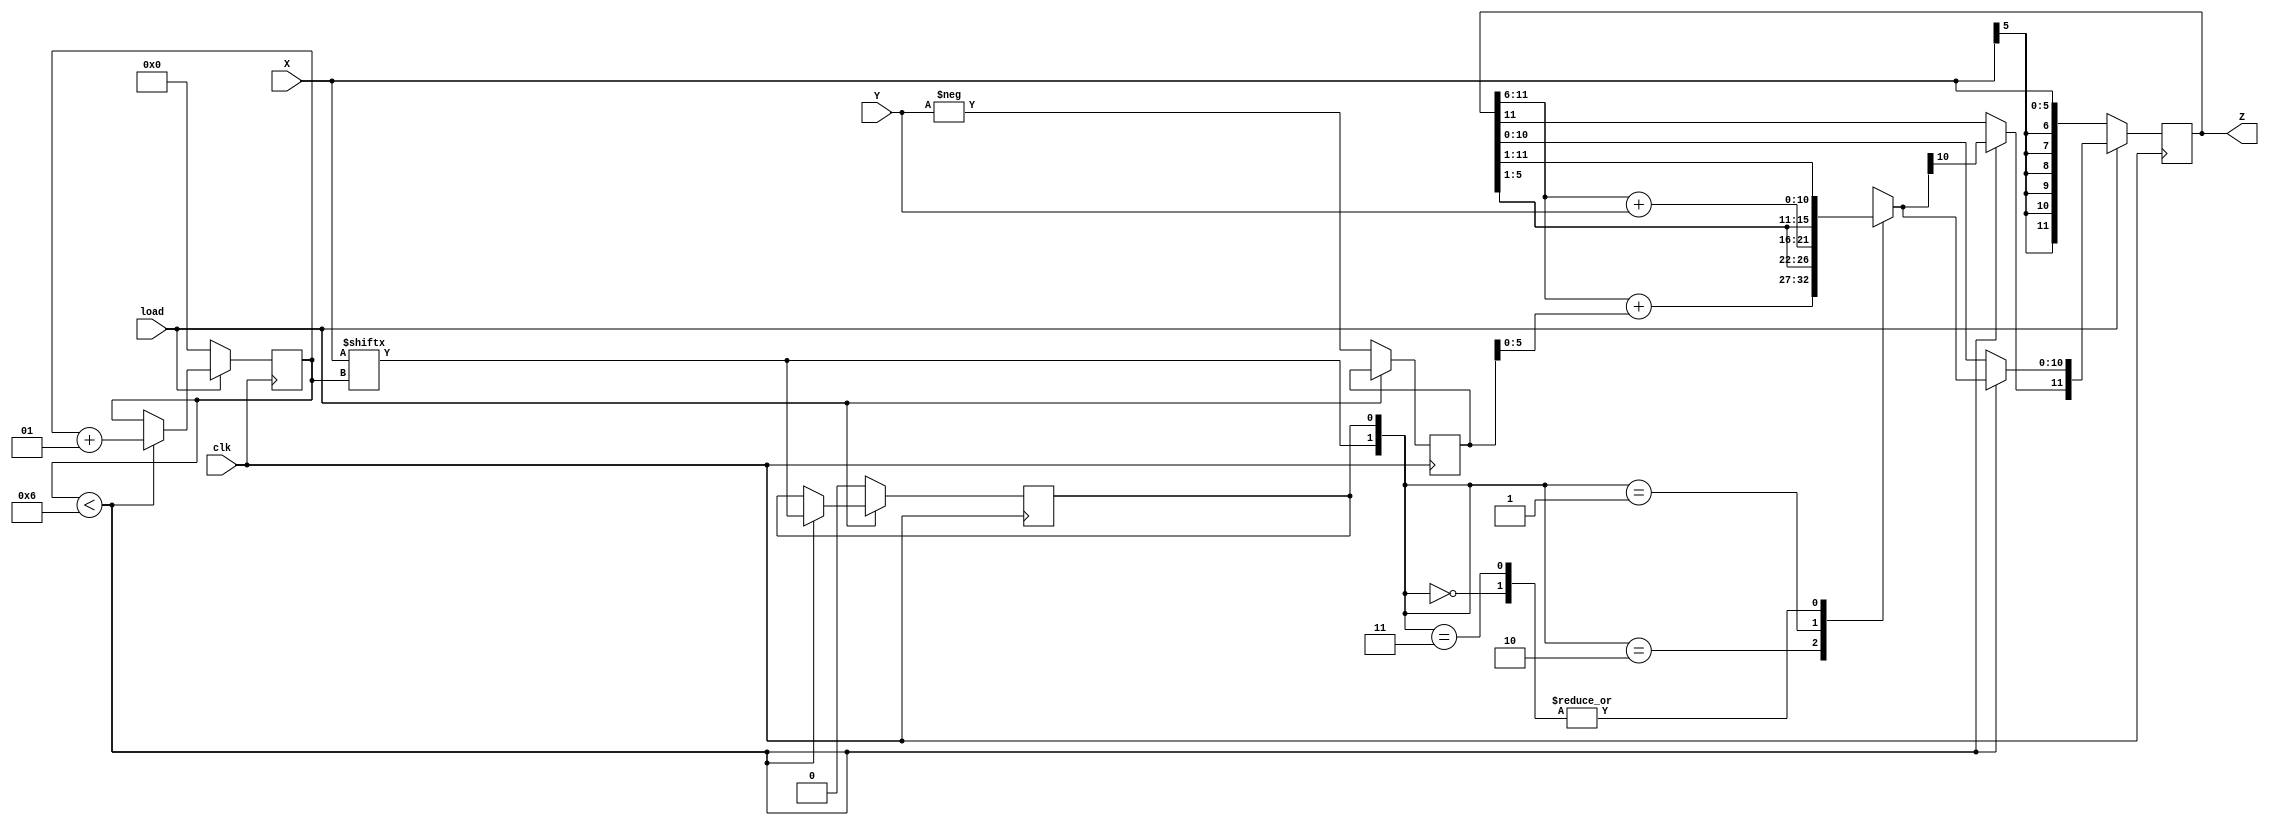
`timescale 1ns / 1ps
//////////////////////////////////////////////////////////////////////////////////
// Company: 
// Engineer: 
// 
// Design Name: 
// Module Name:    booth_multiplier 
// Project Name: 
// Target Devices: 
// Tool versions: 
// Description: 
//
// Dependencies: 
//
// Revision: 
// Revision 0.01 - File Created
// Additional Comments: 
//
//////////////////////////////////////////////////////////////////////////////////
module booth_multiplier(
    input signed[5:0] X,
    input signed[5:0] Y,
	 input clk,
	 input load,
    output reg signed[11:0] Z
    );
	reg [1:0] temp;
	integer i;
	reg E1;
	reg [11:0] Y1;
	always @ (posedge clk) begin
		if(load==0)
				begin
				Z = 12'd0;
				E1 = 1'd0;
				Y1 = - Y;
				Z[11:0]=X;
				i <= 0;
				end
		else
			begin
				if(i<6)
				begin
					temp = {X[i], E1};
					case (temp)
						2'd2 : Z [10 : 0] = {Z [11 : 6] + Y1,Z[5:1]};
						2'd1 : Z [10 : 0] = {Z [11 : 6] + Y,Z[5:1]};
						2'd0 : Z [10 : 0] = {Z[11:1]};
						2'd3 : Z [10 : 0] = {Z[11:1]};
						default : begin end
					endcase
					Z[11] = Z[10];
					E1 = X[i];
					i <= i+1;
				end
			end

	end

endmodule